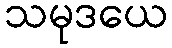
သမုဒယေ